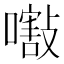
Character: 𡁁